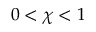
0 < \chi < 1